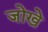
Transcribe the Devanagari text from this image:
जोखे